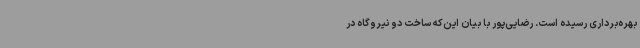
بهره‌برداری رسیده است. رضایی‌پور با بیان این‌که ساخت دو نیروگاه در